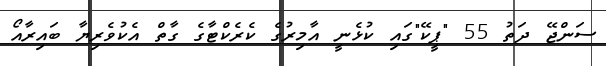
ސަންޖޭ ދަތު 55 "ޕީކޭ"ގައި ކުޅެނީ އާމިރުގެ ކެރެކްޓާގެ ގާތް އެކުވެރިޔާ ބައިރާއޯ